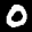
Label: 0